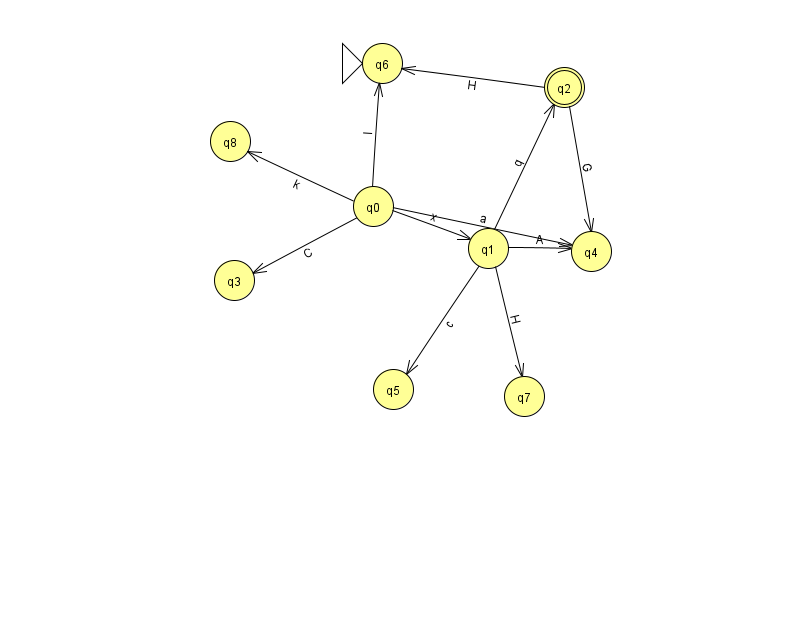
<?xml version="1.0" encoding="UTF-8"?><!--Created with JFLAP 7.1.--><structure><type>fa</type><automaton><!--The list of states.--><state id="0" name="q0"><x>373.0</x><y>193.0</y></state><state id="1" name="q1"><x>488.0</x><y>235.0</y></state><state id="2" name="q2"><x>564.0</x><y>74.0</y><final/></state><state id="3" name="q3"><x>234.0</x><y>267.0</y></state><state id="4" name="q4"><x>591.0</x><y>238.0</y></state><state id="5" name="q5"><x>393.0</x><y>376.0</y></state><state id="6" name="q6"><x>382.0</x><y>50.0</y><initial/></state><state id="7" name="q7"><x>524.0</x><y>383.0</y></state><state id="8" name="q8"><x>230.0</x><y>128.0</y></state><!--The list of transitions.--><transition><from>2</from><to>4</to><read>G</read></transition><transition><from>1</from><to>4</to><read>A</read></transition><transition><from>0</from><to>1</to><read>x</read></transition><transition><from>1</from><to>2</to><read>q</read></transition><transition><from>2</from><to>6</to><read>H</read></transition><transition><from>0</from><to>8</to><read>k</read></transition><transition><from>0</from><to>6</to><read>l</read></transition><transition><from>1</from><to>5</to><read>c</read></transition><transition><from>0</from><to>4</to><read>a</read></transition><transition><from>0</from><to>3</to><read>C</read></transition><transition><from>1</from><to>7</to><read>H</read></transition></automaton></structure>